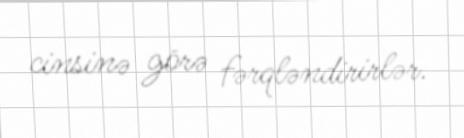
cinsinə görə fərqləndirirlər.